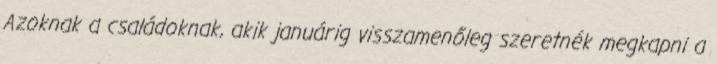
Azoknak a családoknak, akik januárig visszamenőleg szeretnék megkapni a